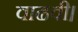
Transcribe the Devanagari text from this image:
वाढवी।